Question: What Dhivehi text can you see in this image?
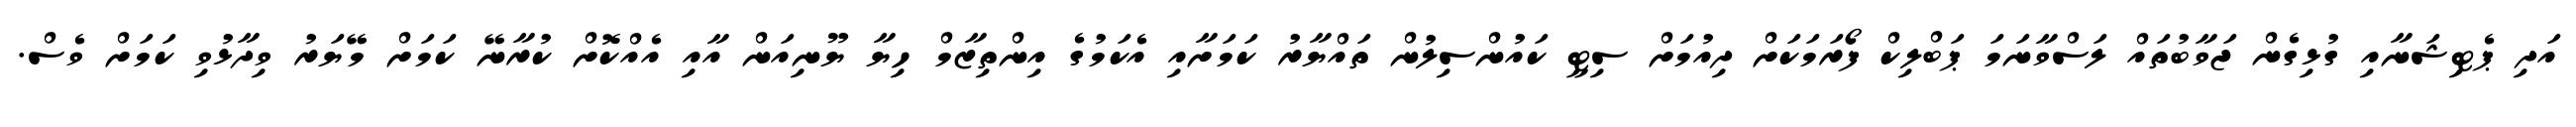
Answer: އަދި ޕެޓިޝަނާއި ގުޅިގެން ޖަވާބުތައް ލަސްވާނަމަ ޕަބްލިކް ފޯރަމަކަށް ދިއުމަށް ސިޓީ ކައުންސިލުން ތައްޔާރު ކަމަށާއި އެކަމުގެ އިންތިޒާމް ހިޔާ ޔޫނިއަން އާއި އެއްކޮށް ކުރާނޭ ކަމަށް މޭޔަރު ވިދާޅުވި ކަމަށް ވެސް.